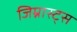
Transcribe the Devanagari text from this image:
जिम्नास्ट्स